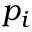
p _ { i }